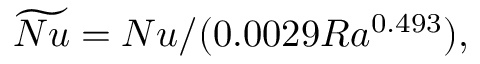
\widetilde { N u } = N u / ( 0 . 0 0 2 9 R a ^ { 0 . 4 9 3 } ) ,